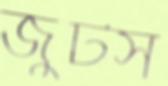
জুটস